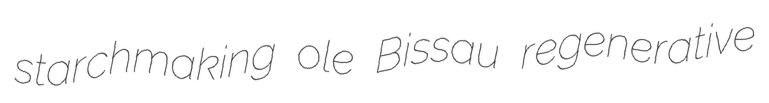
starchmaking ole Bissau regenerative